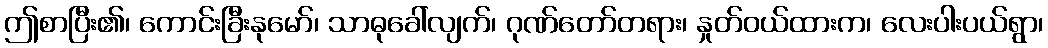
ဤစာပြီး၏၊ ကောင်းခြီးနုမော်၊ သာဓုခေါ်လျက်၊ ဂုဏ်တော်တရား၊ နှုတ်ဝယ်ထားက၊ လေးပါးပယ်ရွာ၊